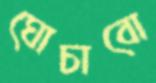
ঘোচাবো